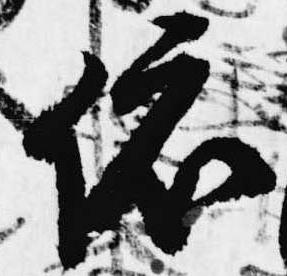
依